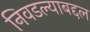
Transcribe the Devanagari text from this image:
निवडल्याबद्दल